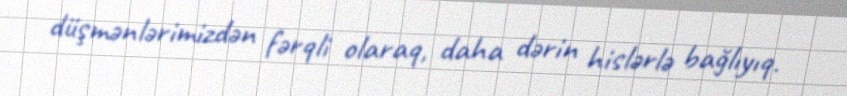
düşmənlərimizdən fərqli olaraq, daha dərin hislərlə bağlıyıq.